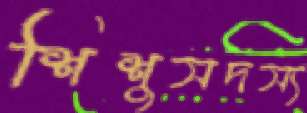
শিশুসদস্য